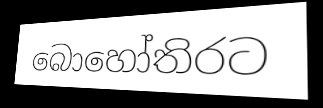
බොහෝතිරට